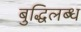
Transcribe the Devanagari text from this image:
बुद्धिलब्ध